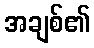
အချစ်၏